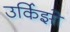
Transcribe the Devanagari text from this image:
उर्किझो